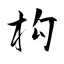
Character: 构